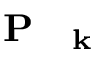
\mathrm { ~ \bf ~ P ~ } _ { \mathrm { ~ \bf ~ k ~ } }